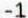
-1